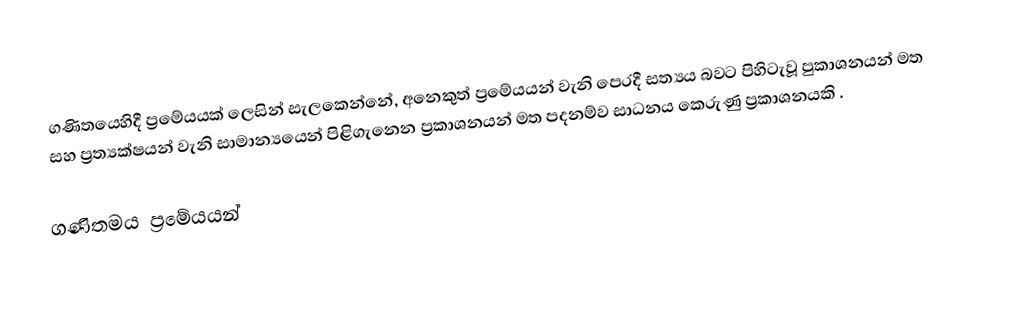
ගණිතයෙහිදී  ප්‍රමේයයක් ලෙසින් සැලකෙන්නේ,  අනෙකුත් ප්‍රමේයයන්  වැනි පෙරදී සත්‍යය බවට පිහිටැවූ පුකාශනයන් මත සහ ප්‍රත්‍යක්ෂයන් වැනි සාමාන්‍යයෙන් පිළිගැනෙන ප්‍රකාශනයන්  මත පදනම්ව සාධනය කෙරුණු ප්‍රකාශනයකි .

ගණිතමය ප්‍රමේයයන්